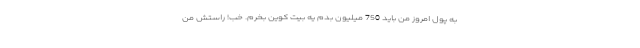
به پول امروز من باید 750 میلیون بدم یه بیت کوین بخرم. خب! راستش من